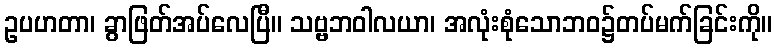
ဥပဟတာ၊ ခွာဖြတ်အပ်လေပြီ။ သဗ္ဗဘဝါလယာ၊ အလုံးစုံသောဘဝ၌တပ်မက်ခြင်းကို။